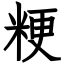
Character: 粳